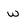
Character: w